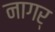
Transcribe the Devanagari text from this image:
नागर्